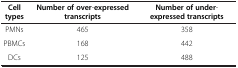
| Cell types | Number of over-expressed transcripts | Number of under-expressed transcripts |
 | --- | --- | --- |
 | PMNs | 465 | 358 |
 | PBMCs | 168 | 442 |
 | DCs | 125 | 488 |